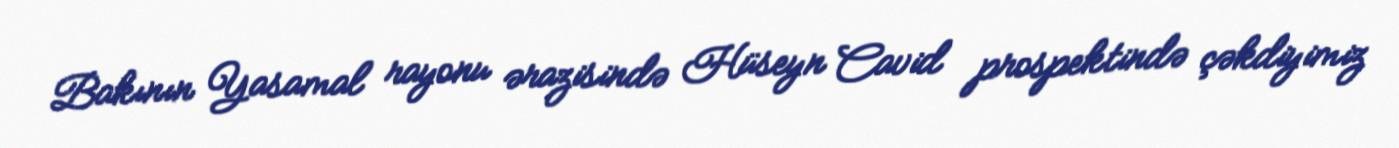
Bakının Yasamal rayonu ərazisində Hüseyn Cavid prospektində çəkdiyimiz